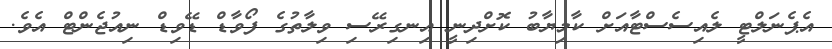
އެޕެނަލްޓީ ލެއިސެސްޓާއަށް ކާމިޔާބު ކޮށްދިނީ އިނގިރޭސި ވިލާތުގެ ފޯވާޑް ޑޭވިޑް ނިއުޖެންޓް އެވެ.